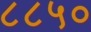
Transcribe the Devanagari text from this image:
८८५०